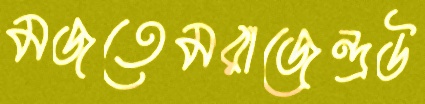
মজতেমরাজেন্দ্রউ